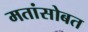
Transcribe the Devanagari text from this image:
मतांसोबत